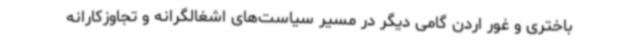
باختری و غور اردن گامی دیگر در مسیر سیاست‌های اشغالگرانه و تجاوزکارانه